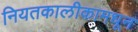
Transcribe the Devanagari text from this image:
नियतकालीकामधून